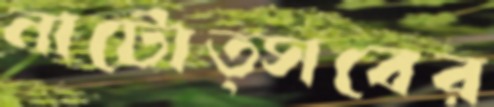
নাটোত্সবের